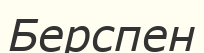
Берспен